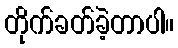
တိုက်ခတ်ခဲ့တာပါ။